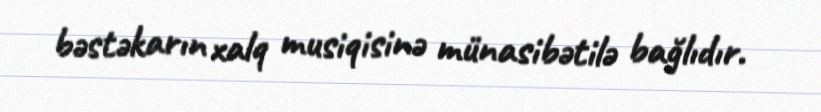
bəstəkarın xalq musiqisinə münasibətilə bağlıdır.